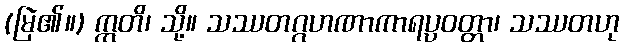
(မြဲ၏။) ဣတိ၊ သို့။ သဿတဂ္ဂဟဏာကာရပ္ပဝတ္တာ၊ သဿတဟု